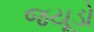
જયૂડો